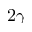
2 \gamma